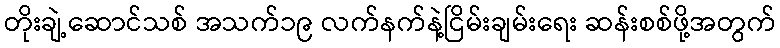
တိုးချဲ့ဆောင်သစ် အသက်၁၉ လက်နက်နဲ့ငြိမ်းချမ်းရေး ဆန်းစစ်ဖို့အတွက်